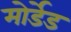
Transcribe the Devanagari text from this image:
मोर्डेड